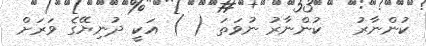
ކުންނާރު   ކުންނާރު ނުވަތަ ( ) އަކީ ދުނިޔޭގެ ވަރަށް